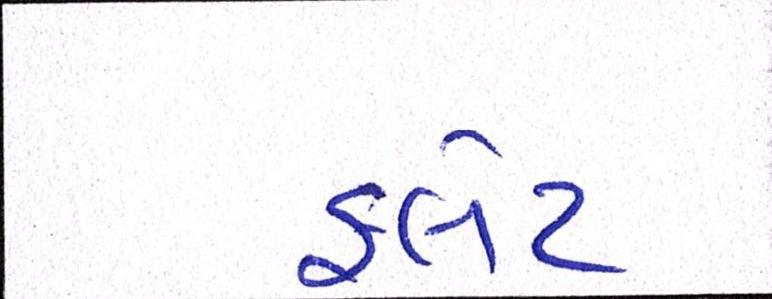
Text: ફલેટ